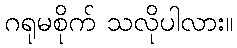
ဂရုမစိုက် သလိုပါလား။